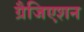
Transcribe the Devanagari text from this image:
ग्रैजिएशन